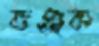
ভঞ্জক